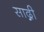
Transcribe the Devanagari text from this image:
साद्गी